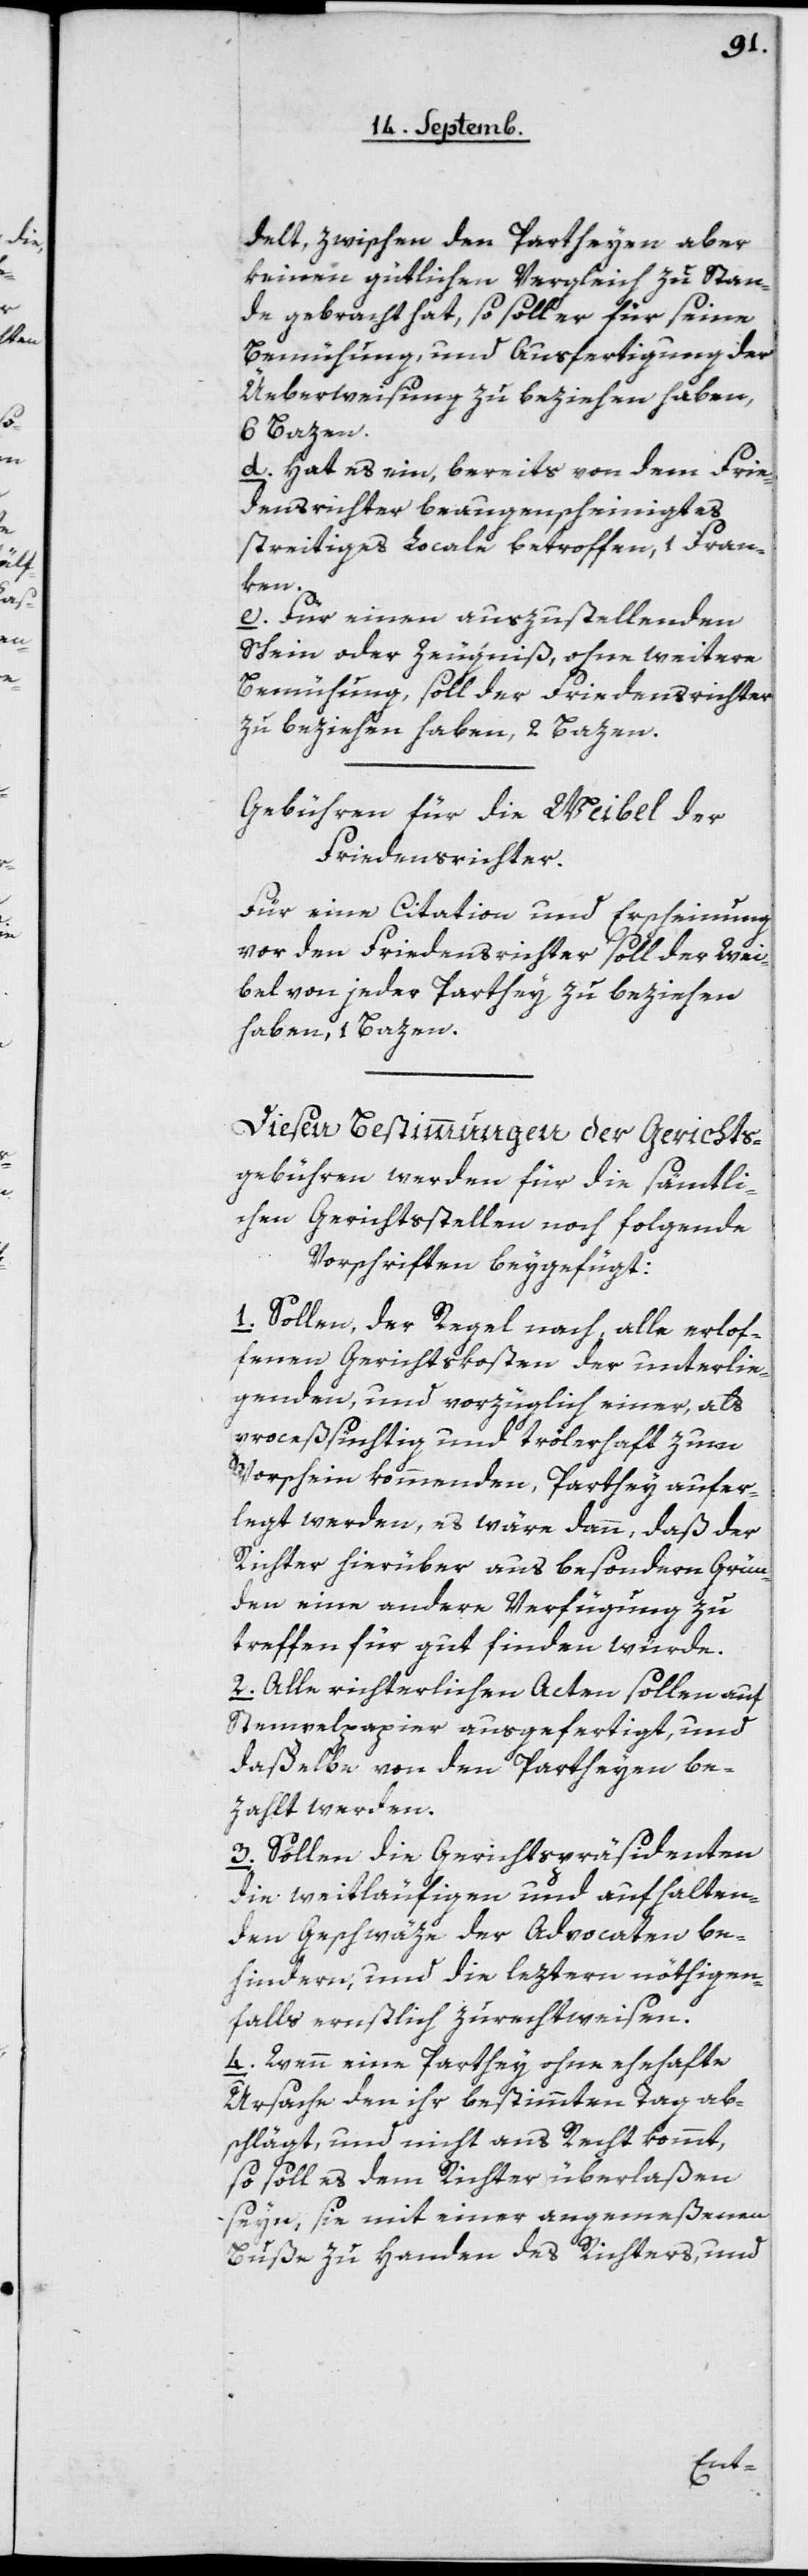
delt, zwischen den Partheyen aber
keinen gütlichen Vergleich zu Stan¬
de gebracht hat, so soll er für seine
Bemühungen und Ausfertigung der
Überweisung zu beziehen haben,
6 Bazen.
d. Hat es ein, bereits von dem Frie¬
densrichter beaugenscheinigtes,
streitiges Locale betroffen, 1 Fran¬
ken.
e. Für einen auszustellenden
Schein oder Zeugniß, ohne weitere
Bemühung, soll der Friedensrichter
zu beziehen haben, 2 Bazen.
Gebühren für die Weibel der
Friedensrichter.
Für eine Citation und Erscheinung
vor den Friedensrichter soll der Wei¬
bel von jeder Parthey zu beziehen
haben, 1 Bazen.
Diesen Bestimmungen der Gerichts¬
gebühren werden für die sämtli¬
chen Gerichtsstellen noch folgende
Vorschriften beygefügt:
1. Sollen, der Regel nach, alle erlof¬
fenen Gerichtskosten der unterlie¬
genden, und vorzüglich einer, als
proceßsüchtig und trölerhaft zum
Vorschein kommenden, Parthey aufer¬
legt werden, es wäre dann, daß der
Richter hierüber aus besondern Grün¬
den eine andere Verfügung zu
treffen für gut finden würde.
2. Alle richterlichen Acten sollen auf
Stempelpapier ausgefertigt und
daßelbe von den Partheyen be¬
zahlt werden.
3. Sollen die Gerichtspräsidenten
die weitläufigen und aufhalten¬
den Geschwäze der Advocaten be¬
hindern, und die Leztern nöthigen¬
falls ernstlich zurechtweisen.
4. Wenn eine Parthey ohne ehehafte
Ursache den ihr bestimmten Tag ab¬
schlägt, und nicht ans Recht kommt,
so soll es dem Richter überlaßen
seyn, sie mit einer angemeßenen
Buße zu Handen des Richters, und